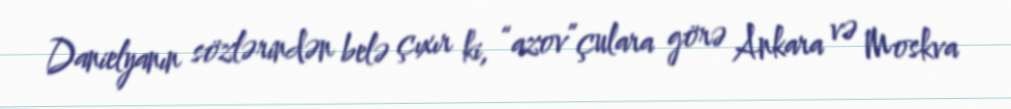
Danielyanın sözlərindən belə çıxır ki, “azov”çulara görə Ankara və Moskva